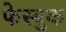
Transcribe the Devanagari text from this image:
फेस्बुक